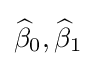
{\widehat {\beta }}_{0},{\widehat {\beta }}_{1}